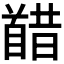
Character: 𫗸